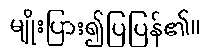
မျိုးပြား၍ပြပြန်၏။